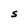
Character: S